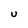
Character: U